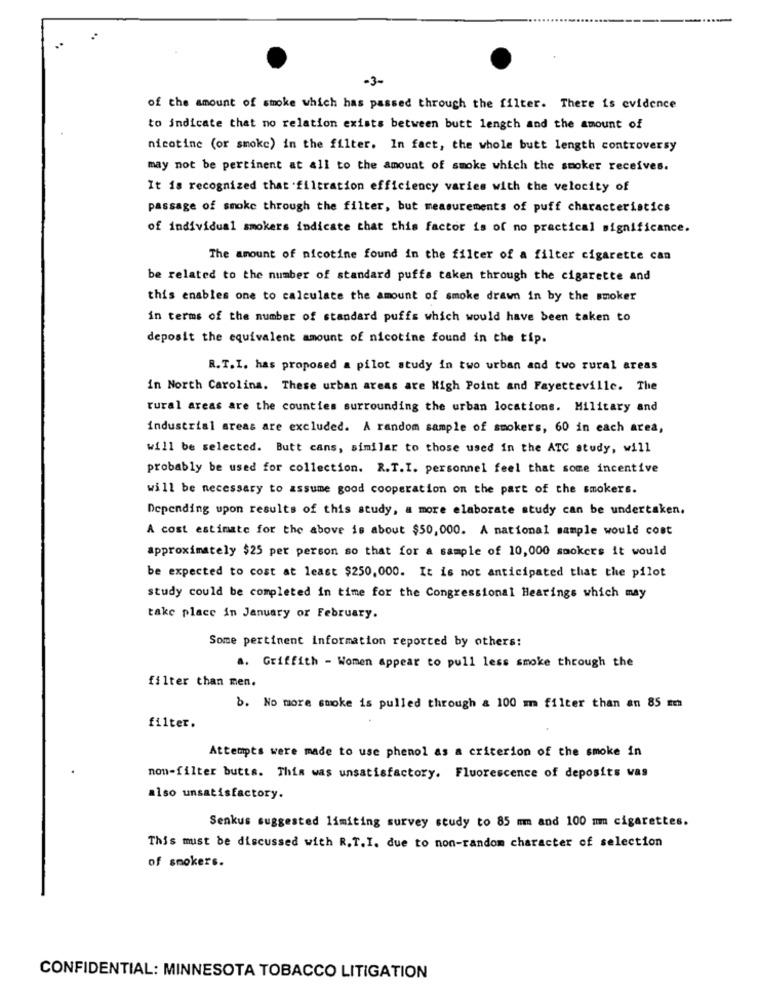
-3-
of the amount of smoke which has passed through the filter. There is evidence
to indicate that no relation exists between butt length and the amount of
nicotine (or smoke) in the filter. In fact, the whole butt length controversy
may not be pertinent at all to the amount of smoke which the smoker receives.
It is recognized that .filtration efficiency varies with the velocity of
passage of smoke through the filter, but measurements of puff characteristics
of individual smokers indicate that this factor is of no practical significance.
The amount of nicotine found in the filter of a filter cigarette can
be related to the number of standard puffs taken through the cigarette and
this enables one to calculate the amount of smoke drawn in by the smoker
in terms of the number of standard puffs which would have been taken to
deposit the equivalent amount of nicotine found in the tip.
R. T.I. has proposed a pilot study in two urban and two rural areas
in North Carolina. These urban areas are High Point and Fayetteville. The
rural areas are the counties surrounding the urban locations. Military and
industrial areas are excluded. A random sample of smokers, 60 in each area,
will be selected. Butt cans, similar to those used in the ATC study, will
probably be used for collection. R.T.I. personnel feel that some incentive
will be necessary to assume good cooperation on the part of the smokers.
Depending upon results of this study, a more elaborate study can be undertaken.
A cost estimate for the above is about $50,000. A national sample would cost
approximately $25 per person so that for a sample of 10,000 smokers it would
be expected to cost at least $250,000. It is not anticipated that the pilot
study could be completed in time for the Congressional Hearings which may
take place in January or February.
Some pertinent information reported by others:
a. Griffith - Women appear to pull less smoke through the
filter than men.
b. No more smoke is pulled through & 100 m filter than an 85 mm
filter.
Attempts were made to use phenol as a criterion of the smoke in
non-filter butts. This was unsatisfactory. Fluorescence of deposits was
also unsatisfactory.
Senkus suggested limiting survey study to 85 mm and 100 mm cigarettes.
This must be discussed with R.T.I. due to non-random character of selection
of smokers.
CONFIDENTIAL: MINNESOTA TOBACCO LITIGATION